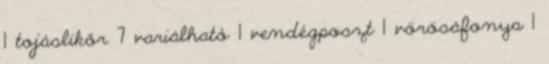
1 tojáslikőr 7 variálható 1 vendégposzt 1 vörösáfonya 1